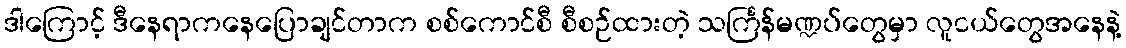
ဒါကြောင့် ဒီနေရာကနေပြောချင်တာက စစ်ကောင်စီ စီစဉ်ထားတဲ့ သင်္ကြန်မဏ္ဍပ်တွေမှာ လူငယ်တွေအနေနဲ့